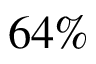
6 4 \%